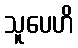
သူပေဟိ